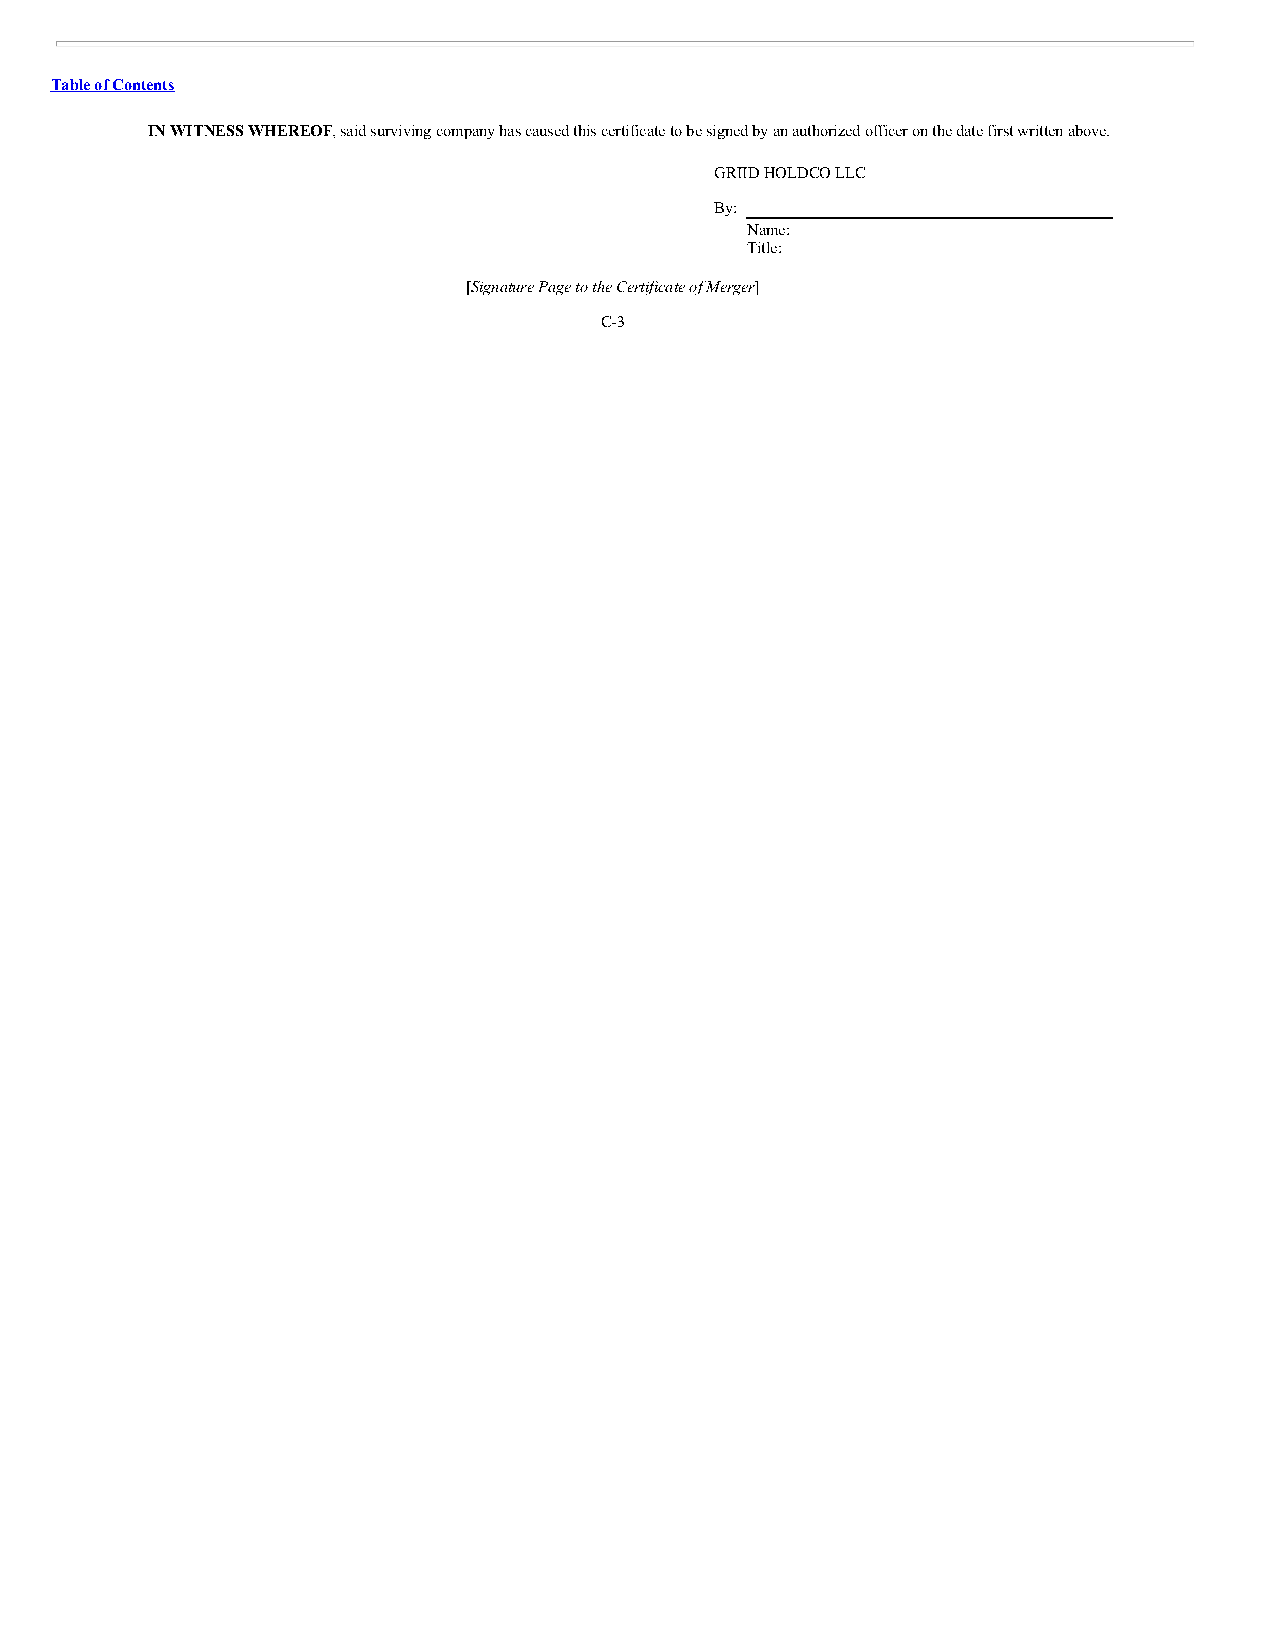
Table of Contents
 IN WITNESS WHEREOF, said surviving company has caused this certificate to be signed by an authorized officer on the date first written above.
 GRIID HOLDCO LLC
 By:
 Name:
 Title:
 [Signature Page to the Certificate of Merger]
 C-3